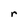
Character: r